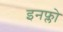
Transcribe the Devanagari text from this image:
इनफ्लो